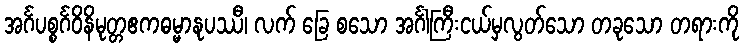
အင်္ဂပစ္စင်္ဂဝိနိမုတ္တဧကဓမ္မာနုပဿီ၊ လက် ခြေ စသော အင်္ဂါကြီးငယ်မှလွတ်သော တခုသော တရားကို